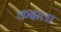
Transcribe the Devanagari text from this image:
कदाला